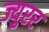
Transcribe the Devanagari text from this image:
ज्युरर